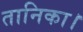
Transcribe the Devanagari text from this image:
तानिका।